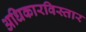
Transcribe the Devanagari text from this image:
अधिकारविस्तार